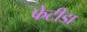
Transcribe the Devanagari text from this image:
फेटीडा